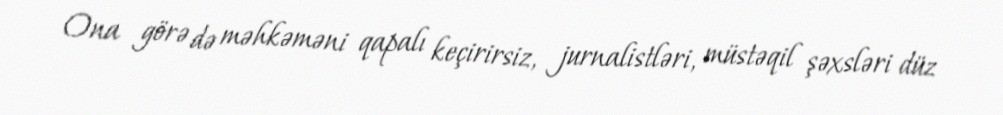
Ona görə də məhkəməni qapalı keçirirsiz, jurnalistləri, müstəqil şəxsləri düz